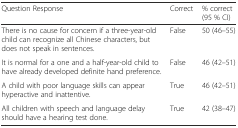
<table><thead><tr><td><b>Question Response</b></td><td><b>Correct</b></td><td><b>% correct (95 % CI)</b></td></tr></thead><tbody><tr><td>There is no cause for concern if a three-year-old child can recognize all Chinese characters, but does not speak in sentences.</td><td>False</td><td>50 (46–55)</td></tr><tr><td>It is normal for a one and a half-year-old child to have already developed definite hand preference.</td><td>False</td><td>46 (42–51)</td></tr><tr><td>A child with poor language skills can appear hyperactive and inattentive.</td><td>True</td><td>46 (42–51)</td></tr><tr><td>All children with speech and language delay should have a hearing test done.</td><td>True</td><td>42 (38–47)</td></tr></tbody></table>